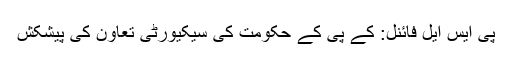
پی ایس ایل فائنل: کے پی کے حکومت کی سیکیورٹی تعاون کی پیشکش